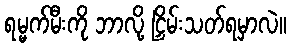
ရမ္မက်မီးကို ဘာလို့ ငြှိမ်းသတ်ရမှာလဲ။